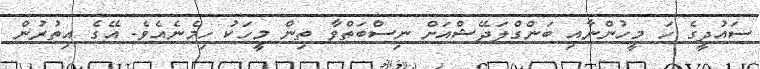
ސައުދީގެ ހަ މީހުންނާއި ބަންގްލަދޭޝްއަށް ނިސްބަތްވާ ތިން މީހަކު ހިމެނެއެވެ. އޭގެ އިތުރުން